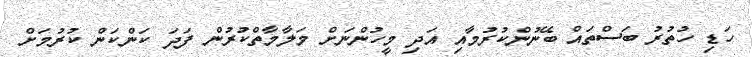
ހަޑި ހުތުރު ބަސްތައް ބޭނުންކުރުމާއި އަދި މީހުންނަށް މަލާމާތްކުރުން ފަދަ ކަންކަން ކުރުމަށް